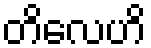
တိလေဟိ